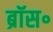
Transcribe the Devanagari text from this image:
ब्रॉस॰